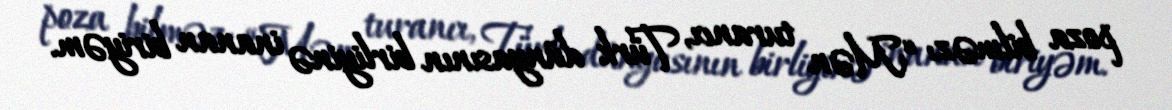
poza bilməz: “Mən turancı, Türk dünyasının birliyinə inanan biriyəm.